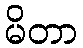
မိတာ